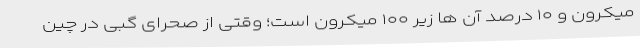
میکرون و ۱۰ درصد آن ها زیر ۱۰۰ میکرون است؛ وقتی از صحرای گبی در چین